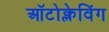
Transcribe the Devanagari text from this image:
ऑटोक्लेविंग